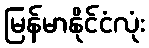
မြန်မာနိုင်ငံလုံး